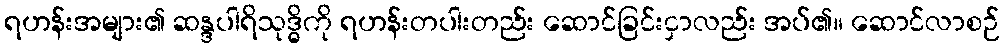
ရဟန်းအများ၏ ဆန္ဒပါရိသုဒ္ဓိကို ရဟန်းတပါးတည်း ဆောင်ခြင်းငှာလည်း အပ်၏။ ဆောင်လာစဉ်